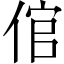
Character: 倌